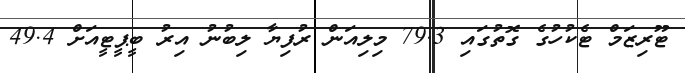
ޓޫރިޒަމް ޓެކުހުގެ ގޮތުގައި 79.3 މިލިއަން ރުފިޔާ ލިބުނު އިރު ބީޕީޓީއަށް 49.4